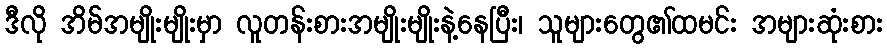
ဒီလို အိမ်အမျိုးမျိုးမှာ လူတန်းစားအမျိုးမျိုးနဲ့နေပြီး၊ သူများတွေ၏ထမင်း အများဆုံးစား